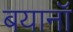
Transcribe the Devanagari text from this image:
बयानॉ